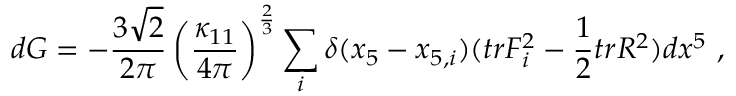
d G = - { \frac { 3 \sqrt 2 } { 2 \pi } } \left( \frac { \kappa _ { 1 1 } } { 4 \pi } \right) ^ { \frac { 2 } { 3 } } \sum _ { i } \delta ( x _ { 5 } - x _ { 5 , i } ) ( t r F _ { i } ^ { 2 } - { \frac { 1 } { 2 } } t r R ^ { 2 } ) d x ^ { 5 } \ ,